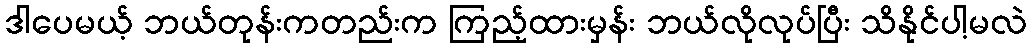
ဒါပေမယ့် ဘယ်တုန်းကတည်းက ကြည့်ထားမှန်း ဘယ်လိုလုပ်ပြီး သိနိုင်ပါ့မလဲ